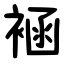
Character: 䘶